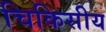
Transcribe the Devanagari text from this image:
चिकिसीय